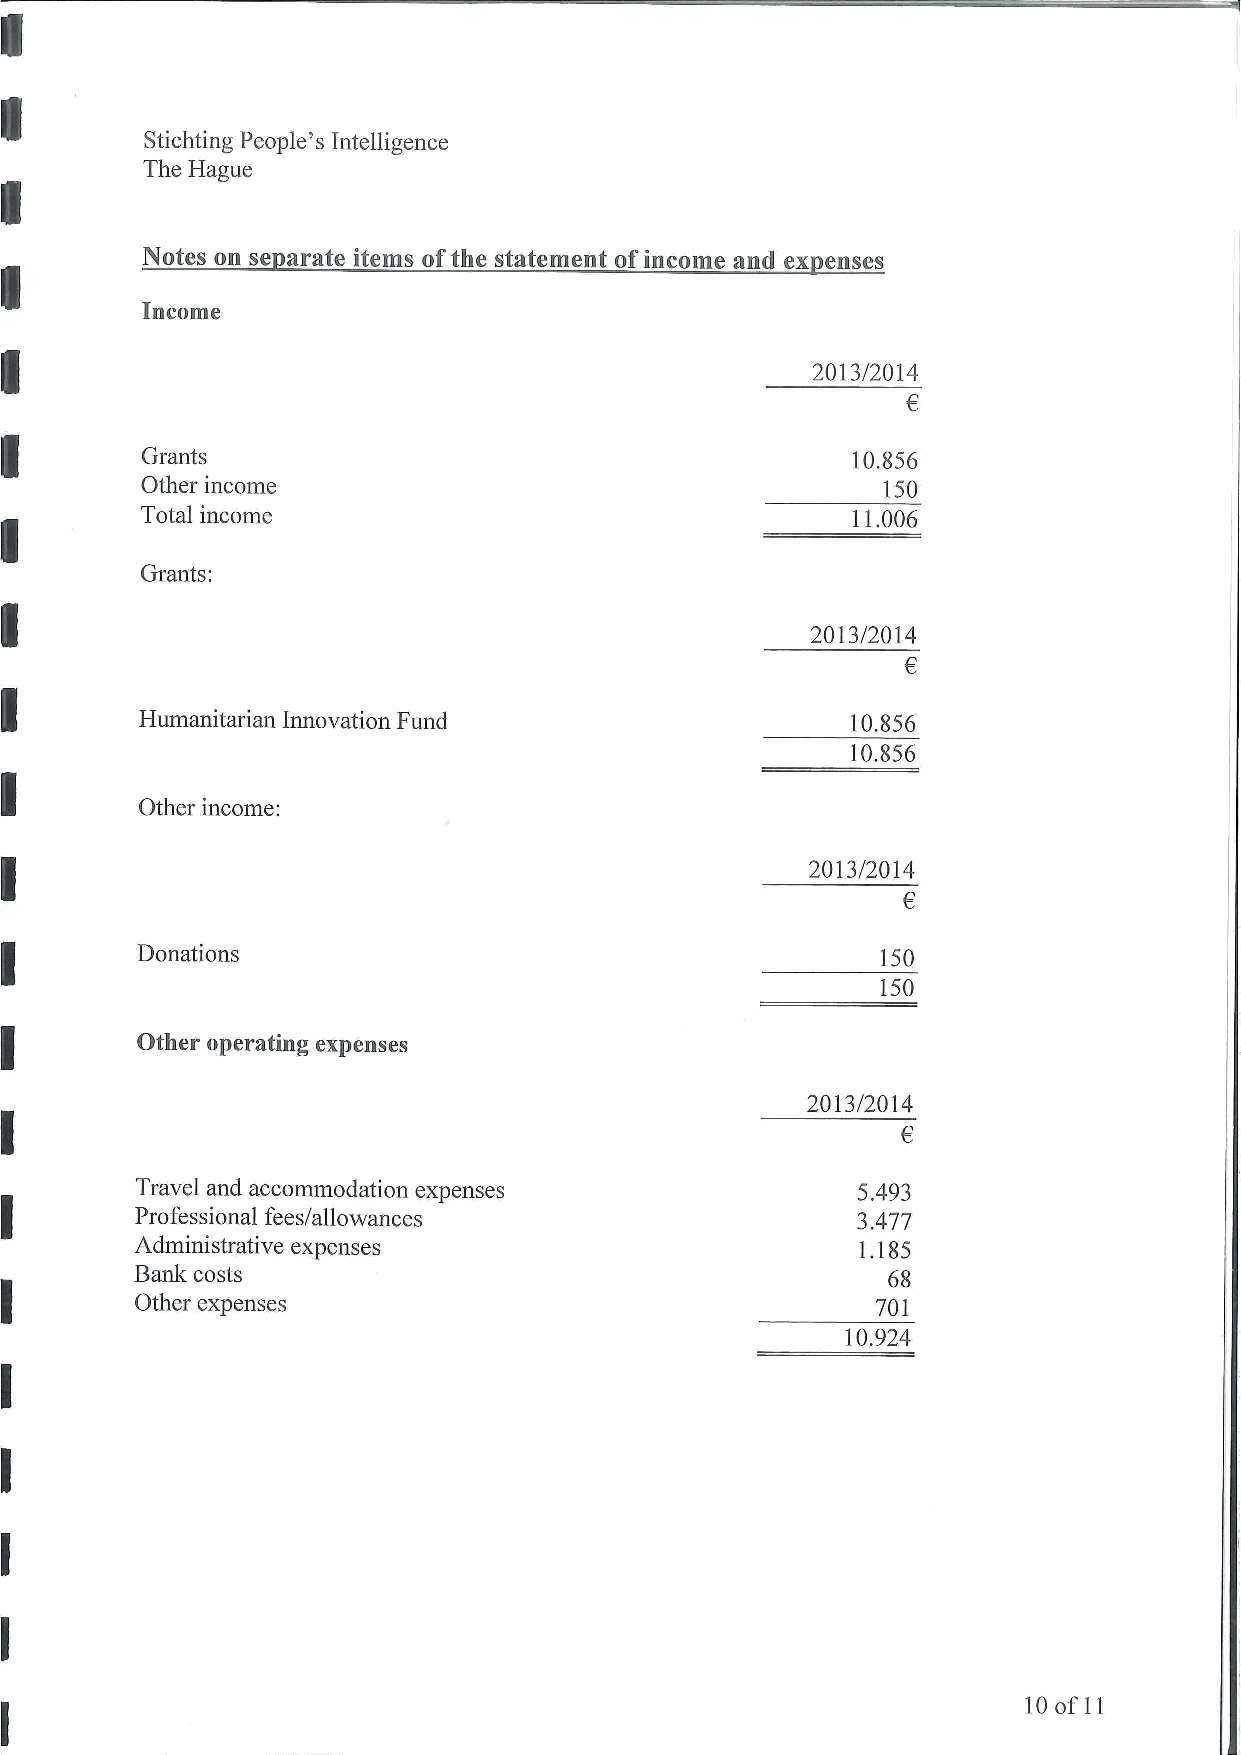
Stichting People's Intelhgence
 The Hague
 Notes on separate items of the statement of income and expenses
 JljuisoiiKie
 2013/2014
 Grants                                         10.856
 Other income                                     150
 Total income                                   11.006
 Grants:
 2013/2014
 €
 Humanitarian Innovation Fund                   10.856
 10.856
 Other income:
 2013/2014
 €
 Donations                                        150
 Ï5Ö
 Other operating expenses
 2013/2014
 €
 Travel and accommodation expenses               5.493
 Professional fees/allowances                    3.477
 Administrative expenses                         1.185
 Banlc costs                                       68
 Other expenses                                   701
 10.924
 10 of 11